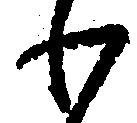
わ